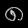
Digit: ၈